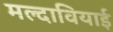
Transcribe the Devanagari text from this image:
मल्दावियाई